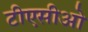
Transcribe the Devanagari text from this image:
टीएसीओ